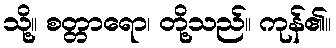
သို့။ စတ္တာရော၊ တို့သည်။ ကုန်၏။